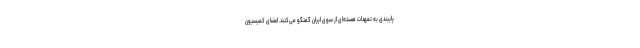
پایبندی به تعهدات هسته‌ای از سوی ایران گفتگو می‌کنند. اعضای کمیسیون